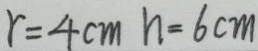
r = 4 c m n = 6 c m